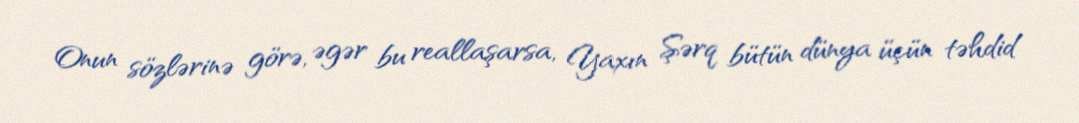
Onun sözlərinə görə, əgər bu reallaşarsa, Yaxın Şərq bütün dünya üçün təhdid